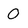
Character: 0